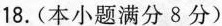
18. (本小题满分8分)